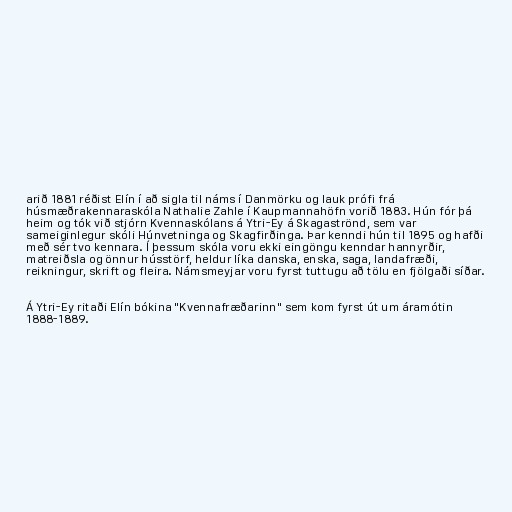
arið 1881 réðist Elín í að sigla til náms í Danmörku og lauk prófi frá
húsmæðrakennaraskóla Nathalie Zahle í Kaupmannahöfn vorið 1883. Hún fór þá
heim og tók við stjórn Kvennaskólans á Ytri-Ey á Skagaströnd, sem var
sameiginlegur skóli Húnvetninga og Skagfirðinga. Þar kenndi hún til 1895 og hafði
með sér tvo kennara. Í þessum skóla voru ekki eingöngu kenndar hannyrðir,
matreiðsla og önnur hússtörf, heldur líka danska, enska, saga, landafræði,
reikningur, skrift og fleira. Námsmeyjar voru fyrst tuttugu að tölu en fjölgaði síðar.

Á Ytri-Ey ritaði Elín bókina "Kvennafræðarinn" sem kom fyrst út um áramótin
1888-1889.